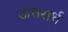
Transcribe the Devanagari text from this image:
ऊत्तरार्ध